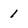
Character: 1